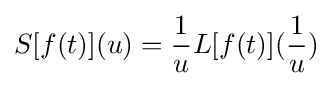
S[f(t)](u)={\frac {1}{u}}L[f(t)]({\frac {1}{u}})